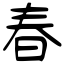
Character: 春